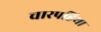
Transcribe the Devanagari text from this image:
चारपहिया